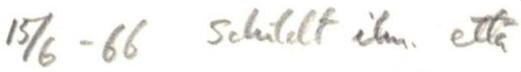
15/6 - 66 Schildt ilm. että